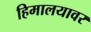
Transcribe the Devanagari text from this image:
हिमालयावर